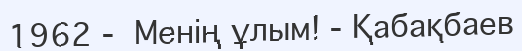
1962 -  Менің ұлым! - Қабақбаев